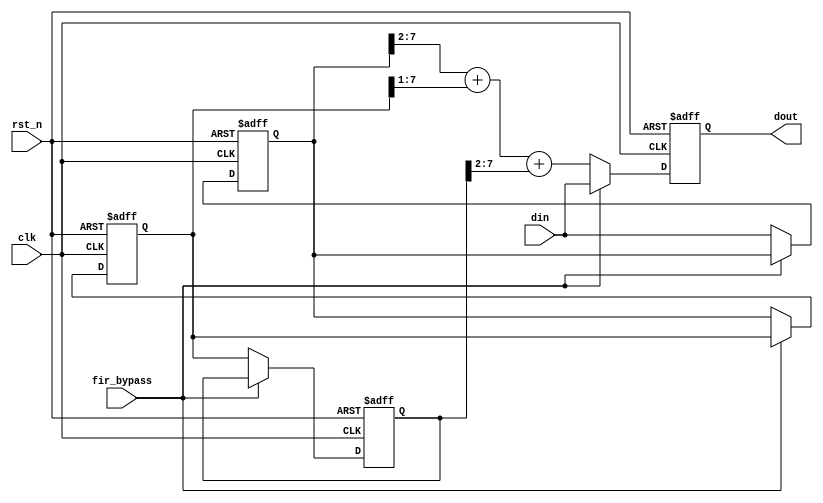
`timescale 1ns / 1ps
//////////////////////////////////////////////////////////////////////////////////
// Company: 
// Engineer: 
// 
// Design Name: 
// Module Name: test39
// Project Name: 
// Target Devices: 
// Tool Versions: 
// Description: 
// 
// Dependencies: 
// 
// Revision:
// Revision 0.01 - File Created
// Additional Comments:
// 
//////////////////////////////////////////////////////////////////////////////////


module fir_lpf_3tap(
    input               clk         , 
    input               rst_n       , 
    input               fir_bypass  ,
    input       [7:0]   din         , 
    output  reg [7:0]   dout        
    );

reg [7:0] tap [0:2];
integer i;
always @(posedge clk or negedge rst_n) begin
    if (!rst_n) begin
        for (i = 0; i<=2; i=i+1) begin
            tap[i] <= 0;
        end
        dout <= 8'd0;
    end else if (!fir_bypass)begin
        // dout <= (tap[0] >> 2) + (tap[1]  >> 1) + (tap[2] >> 2);
        dout <= tap[0][7:2] + tap[1][7:1] + tap[2][7:2];
        /* for (i = 2; i > 0; i=i-1) begin
            tap[i] <= tap[i-1];
        end */
        tap[2] <= tap[1];
        tap[1] <= tap[0];
        tap[0] <= din;
    end else begin
        dout <= din;
    end
end
endmodule